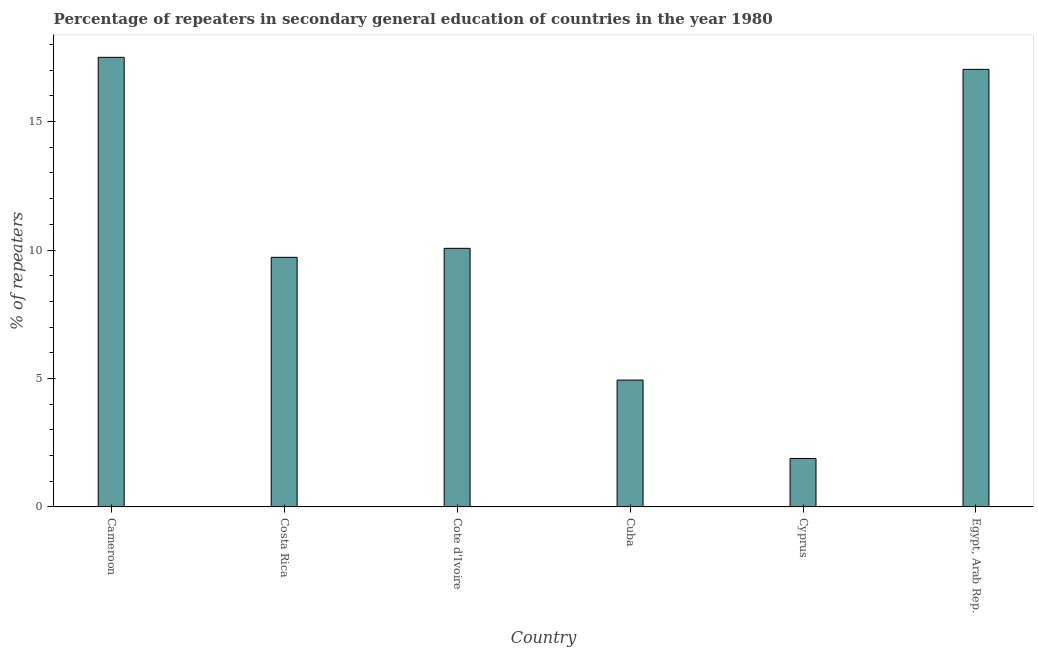
| Country | Percentage of repeaters |
 | --- | --- |
 | Cameroon | 17.5 |
 | Costa Rica | 9.71 |
 | Cote d'Ivoire | 10.1 |
 | Cuba | 4.94 |
 | Cyprus | 1.89 |
 | Egypt, Arab Rep. | 17 |